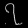
Digit: ၇